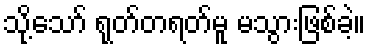
သို့သော် ရုတ်တရတ်မူ မသွားဖြစ်ခဲ့။